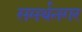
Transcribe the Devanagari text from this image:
समर्थनगर